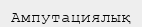
Ампутациялық